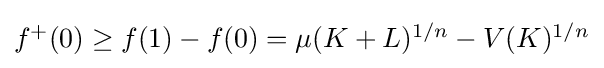
{\textstyle f^{+}(0)\geq f(1)-f(0)=\mu (K+L)^{1/n}-V(K)^{1/n}}